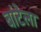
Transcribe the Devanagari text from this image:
बांटेला